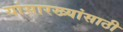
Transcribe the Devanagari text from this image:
यांसारख्यांसाठी